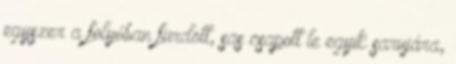
egyszer a folyóban fürdött, sas csapott le egyik sarujára,